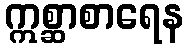
ဣစ္ဆာစာရေန